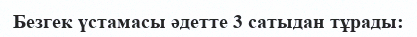
Безгек үстамасы әдетте 3 сатыдан тұрады: